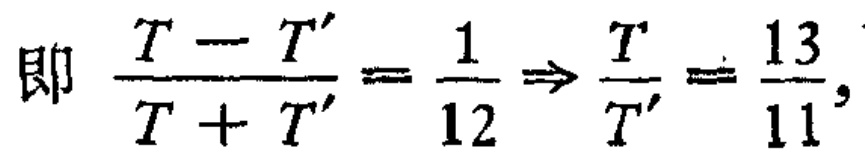
即 $\frac{T - T'}{T + T'} = \frac{1}{12} \Rightarrow \frac{T}{T'} = \frac{13}{11},$